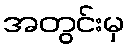
အတွင်းမှ